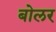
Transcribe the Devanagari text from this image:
बोलर